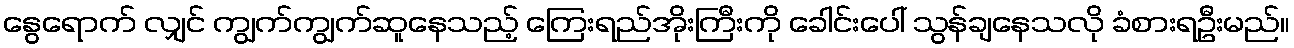
နွေရောက် လျှင် ကျွက်ကျွက်ဆူနေသည့် ကြေးရည်အိုးကြီးကို ခေါင်းပေါ် သွန်ချနေသလို ခံစားရဦးမည်။